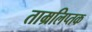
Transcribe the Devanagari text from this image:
ताम्रलिप्तक